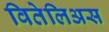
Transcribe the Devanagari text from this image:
वितेलिअस